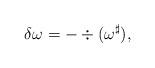
LaTeX: \begin{align*}\delta\omega =-\div(\omega^\sharp),\end{align*}